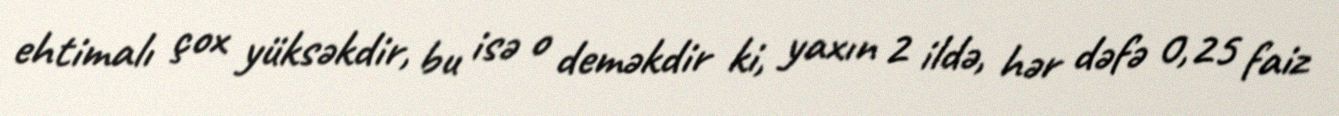
ehtimalı çox yüksəkdir, bu isə o deməkdir ki, yaxın 2 ildə, hər dəfə 0,25 faiz